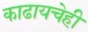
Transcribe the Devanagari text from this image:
काढायचेही